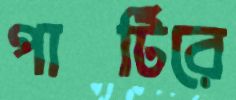
পার্টিরে